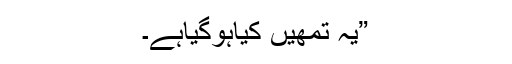
”یہ تمھیں کیاہوگیاہے۔